Civil Veterinary Dept. Bombay admin report 1932-41 - 1932-1941
Year: 1932
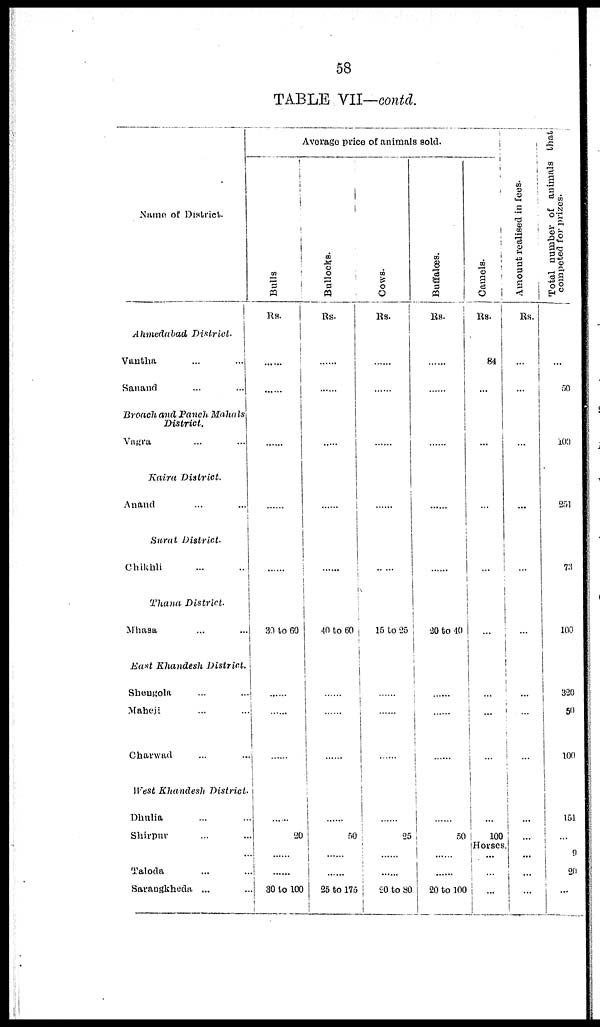
58
TABLE VII—contd.
Name of District.
Ahmedabad
District.
Vantha
...
...
Sanand ... ...
Broach and Panch Mahals
District.
Vagra ... ...
Kaira
District.
Anand ... ...
Surat
District.
Chikhli ... ...
Thana
District.
Mhasa ... ...
East Khandesh District.
Shengola ... ...
Maheji ... ...
Charwad ... ...
West Khandesh
District
Dhulia ... ...
Shirpur ... ...
...
Taloda ... ...
Sarangkheda ... ...
Average price of animals sold.
Bulls
Rs.
......
......
......
......
......
30 to 60
......
......
......
20
......
......
30 to 100
Bullocks.
Rs.
......
......
......
......
......
40 to 60
......
......
......
......
50
......
......
25 to 175
Cows.
Rs.
......
......
......
......
......
15 to 25
......
......
......
25
...... ......
20
to 80
Buffaloes.
Rs.
......
......
......
......
......
20 to 40
......
......
......
......
50
...... ......
20 to 100
Camels.
Rs.
84
...
...
...
...
...
...
...
...
...
100
Horses
...
...
...
Amount realised in fees.
Rs.
...
...
...
...
...
...
....
...
...
...
...
...
...
...
Total number of animals that
competed for prizes.
...
50
100
251
73
100
320
50
100
151
...
9
20
...